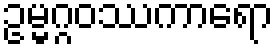
ဥမ္မဂ္ဂဝဿကာရော